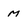
Character: M